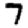
Digit: 7